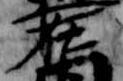
在